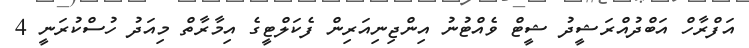
އަފްރާހް އަބްދުއްރަޝީދު ޝީޓް ވެއްޓުނު އިންޖިނިއަރިން ފެކަލްޓީގެ އިމާރާތް މިއަދު ހުސްކުރަނީ 4